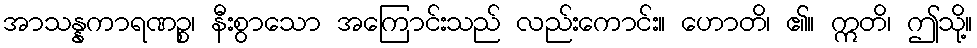
အာသန္နကာရဏဉ္စ၊ နီးစွာသော အကြောင်းသည် လည်းကောင်း။ ဟောတိ၊ ၏။ ဣတိ၊ ဤသို့။